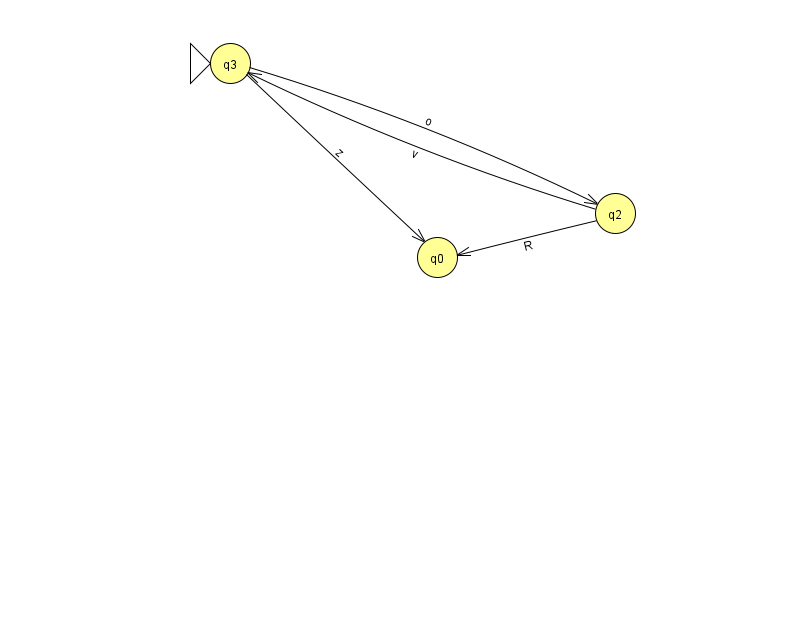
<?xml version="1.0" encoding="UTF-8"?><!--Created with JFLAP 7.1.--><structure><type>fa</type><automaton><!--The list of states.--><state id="0" name="q0"><x>437.0</x><y>244.0</y></state><state id="2" name="q2"><x>615.0</x><y>200.0</y></state><state id="3" name="q3"><x>230.0</x><y>50.0</y><initial/></state><!--The list of transitions.--><transition><from>3</from><to>0</to><read>z</read></transition><transition><from>2</from><to>3</to><read>v</read></transition><transition><from>3</from><to>2</to><read>o</read></transition><transition><from>2</from><to>0</to><read>R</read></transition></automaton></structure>